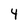
Character: 4